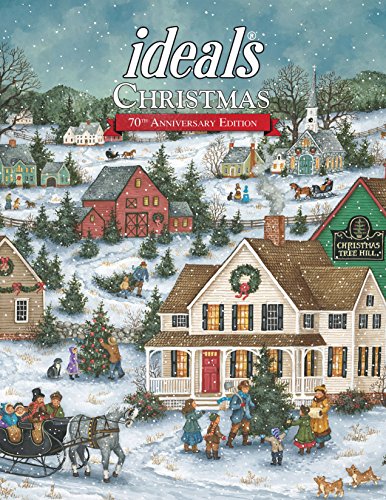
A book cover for Christmas Ideals 2014 (Ideals Christmas); Ideals Editors; Christian Books & Bibles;